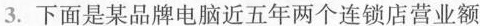
3.下面是某品牌电脑近五年两个连锁店营业额